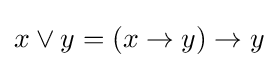
x\vee y=(x\rightarrow y)\rightarrow y